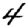
Digit: 4